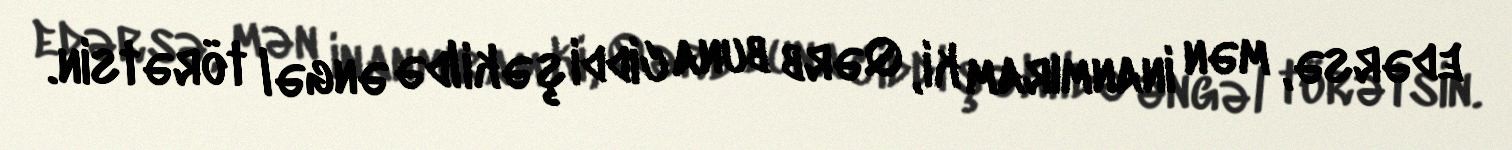
edərsə, mən inanmıram ki, Qərb buna ciddi şəkildə əngəl törətsin.